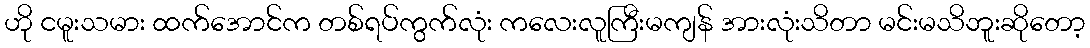
ဟို ငမူးသမား ထက်အောင်က တစ်ရပ်ကွက်လုံး ကလေးလူကြီးမကျန် အားလုံးသိတာ မင်းမသိဘူးဆိုတော့